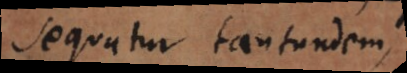
sequatur tantundem,